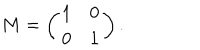
M = \left( \begin{array} { l l } { { 1 } } & { { 0 } } \\ { { 0 } } & { { 1 } } \\ \end{array} \right) .